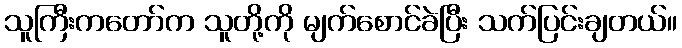
သူကြီးကတော်က သူတို့ကို မျက်စောင်ခဲပြီး သက်ပြင်းချတယ်။